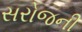
સરોજની